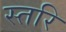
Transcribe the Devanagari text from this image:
स्तरि